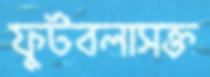
ফুটবলাসক্ত